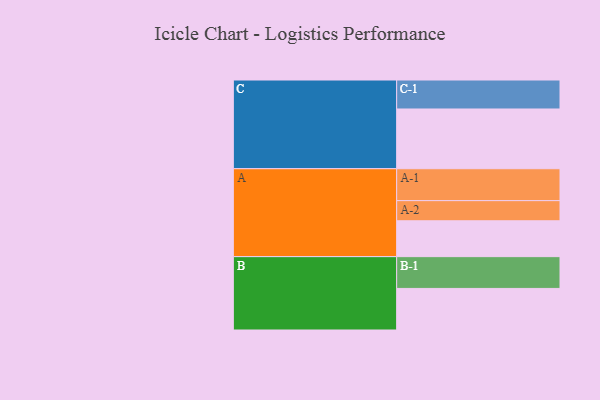
{"axis": {"x": "Segment", "y": "Value"}, "legend": ["", "A", "B", "C"], "data": [{"x": "A", "y": 308, "type": ""}, {"x": "B", "y": 357, "type": ""}, {"x": "C", "y": 513, "type": ""}, {"x": "A-1", "y": 274, "type": "A"}, {"x": "A-2", "y": 173, "type": "A"}, {"x": "B-1", "y": 273, "type": "B"}, {"x": "C-1", "y": 249, "type": "C"}]}